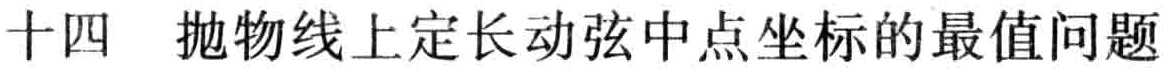
十四 抛物线上定长动弦中点坐标的最值问题